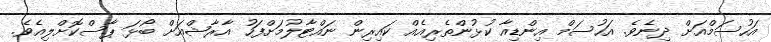
އަހުސަމްއަަށް ދިނެވެ. އަހުސަމް އިންޑިއާ ކުޅުންތެރިއެއް ކައިރިން ނައްޓާލުމަށްފަހު އާރާޝްއަށް ބޯޅަ ޕާސްކޮށްލިއެވެ.